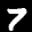
Label: 7